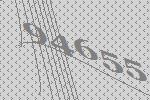
94655